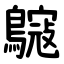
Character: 䳹